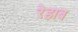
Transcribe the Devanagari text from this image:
रेहाब